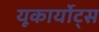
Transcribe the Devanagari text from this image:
यूकार्योट्स